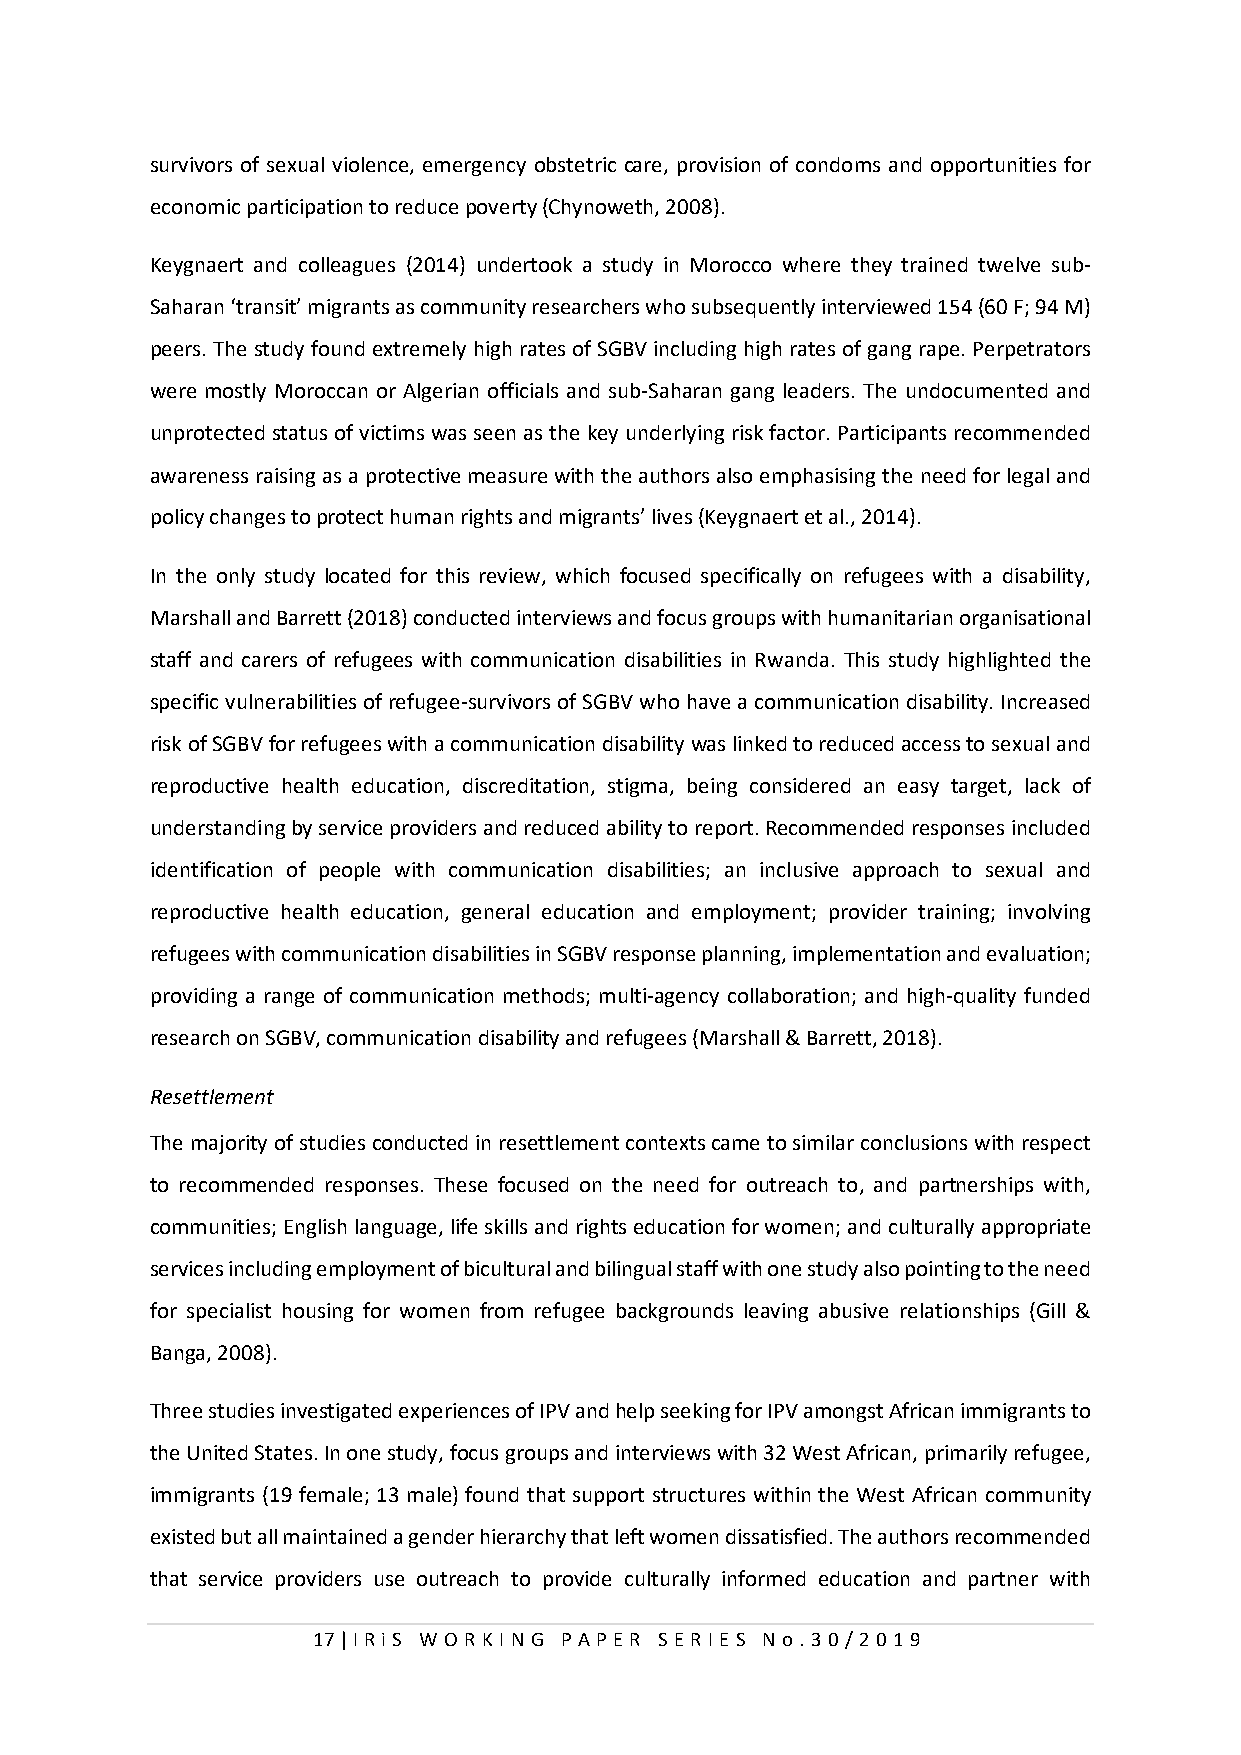
survivors of sexual violence, emergency obstetric care, provision of condoms and opportunities for
 economic participation to reduce poverty (Chynoweth, 2008).
 Keygnaert and colleagues (2014) undertook a study in Morocco where they trained twelve sub-
 Saharan ‘transit’ migrants as community researchers who subsequently interviewed 154 (60 F; 94 M)
 peers. The study found extremely high rates of SGBV including high rates of gang rape. Perpetrators
 were mostly Moroccan or Algerian officials and sub-Saharan gang leaders. The undocumented and
 unprotected status of victims was seen as the key underlying risk factor. Participants recommended
 awareness raising as a protective measure with the authors also emphasising the need for legal and
 policy changes to protect human rights and migrants’ lives (Keygnaert et al., 2014).
 In the only study located for this review, which focused specifically on refugees with a disability,
 Marshall and Barrett (2018) conducted interviews and focus groups with humanitarian organisational
 staff and carers of refugees with communication disabilities in Rwanda. This study highlighted the
 specific vulnerabilities of refugee-survivors of SGBV who have a communication disability. Increased
 risk of SGBV for refugees with a communication disability was linked to reduced access to sexual and
 reproductive health education, discreditation, stigma, being considered an easy target, lack of
 understanding by service providers and reduced ability to report. Recommended responses included
 identification of people with communication disabilities; an inclusive approach to sexual and
 reproductive health education, general education and employment; provider training; involving
 refugees with communication disabilities in SGBV response planning, implementation and evaluation;
 providing a range of communication methods; multi-agency collaboration; and high-quality funded
 research on SGBV, communication disability and refugees (Marshall & Barrett, 2018).
 Resettlement
 The majority of studies conducted in resettlement contexts came to similar conclusions with respect
 to recommended responses. These focused on the need for outreach to, and partnerships with,
 communities; English language, life skills and rights education for women; and culturally appropriate
 services including employment of bicultural and bilingual staff with one study also pointing to the need
 for specialist housing for women from refugee backgrounds leaving abusive relationships (Gill &
 Banga, 2008).
 Three studies investigated experiences of IPV and help seeking for IPV amongst African immigrants to
 the United States. In one study, focus groups and interviews with 32 West African, primarily refugee,
 immigrants (19 female; 13 male) found that support structures within the West African community
 existed but all maintained a gender hierarchy that left women dissatisfied. The authors recommended
 that service providers use outreach to provide culturally informed education and partner with
 17 | I RiS W O RKI N G P AP E R SE RI E S N o . 30/201 9